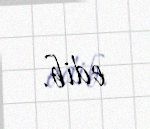
edib.